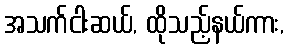
အသက်ငါးဆယ်, ထိုသည့်နယ်ကား,